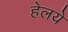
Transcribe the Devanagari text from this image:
हेलये